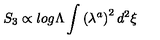
S _ { 3 } \propto l o g \Lambda \int { \left( \lambda ^ { a } \right) ^ { 2 } d ^ { 2 } \xi }